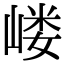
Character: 嵝